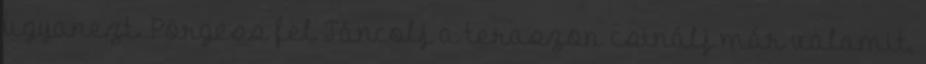
ugyanezt. Pörgess fel Táncolj a teraszon csinálj már valamit,